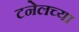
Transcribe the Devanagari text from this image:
टनेलच्या